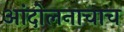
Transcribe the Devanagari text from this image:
आंदोलनाचाच